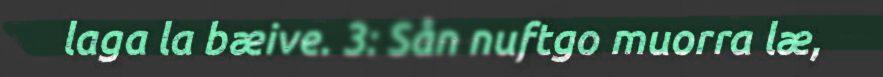
laga la bæive. 3: Sån nuftgo muorra læ,